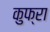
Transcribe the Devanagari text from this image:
कुफ्रा